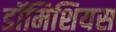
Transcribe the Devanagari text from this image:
डॉमिशियस